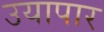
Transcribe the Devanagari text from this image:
उयापार